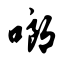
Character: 啷